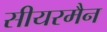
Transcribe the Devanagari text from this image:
सीयरमैन